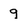
Character: q